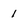
Character: 1